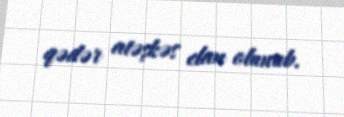
qədər atəşkəs elan olunub.